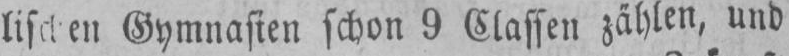
Gymnasien schon 9 Classen zählen, und